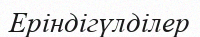
Еріндігүлділер